Malaria in India - Number 2
Disease focus: Malaria
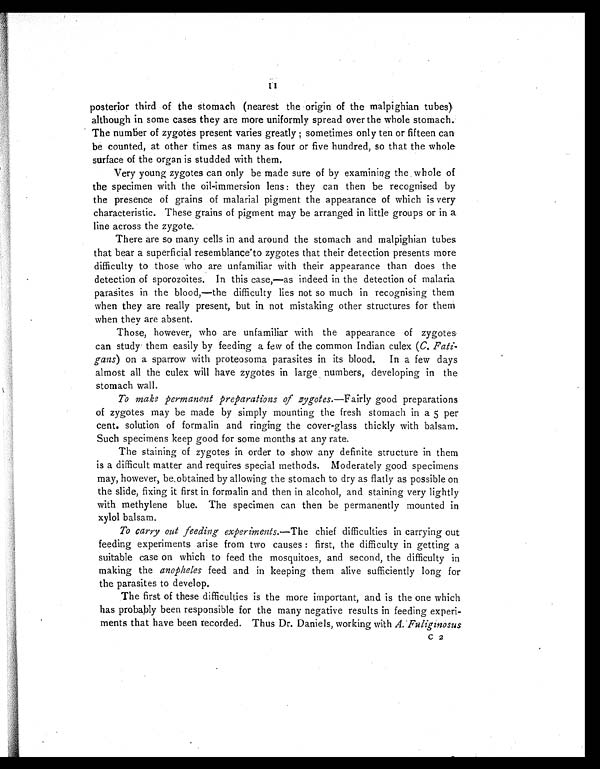
11
posterior third of the stomach (nearest the origin of the malpighian tubes)
although in some cases they are more uniformly spread over the whole stomach.
The number of zygotes present varies greatly ; sometimes only ten or fifteen can
be counted, at other times as many as four or five hundred, so that the whole
surface of the organ is studded with them.
Very young zygotes can only be made sure of by examining the whole of
the specimen with the oil-immersion lens : they can then be recognised by
the presence of grains of malarial pigment the appearance of which is very
characteristic. These grains of pigment may be arranged in little groups or in a
line across the zygote.
There are so many cells in and around the stomach and malpighian tubes
that bear a superficial resemblance to zygotes that their detection presents more
difficulty to those who are unfamiliar with their appearance than does the
detection of sporozoites. In this case,—as indeed in the detection of malaria
parasites in the blood,—the difficulty lies not so much in recognising them
when they are really present, but in not mistaking other structures for them
when they are absent.
Those, however, who are unfamiliar with the appearance of zygotes
can study them easily by feeding a few of the common Indian culex ( C. Fati-
gans) on a sparrow with proteosoma parasites in its blood. In a few days
almost all the culex will have zygotes in large numbers, developing in the
stomach wall.
To make permanent preparations of zygotes.—Fairly good preparations
of zygotes may be made by simply mounting the fresh stomach in a 5 per
cent. solution of formalin and ringing the cover-glass thickly with balsam.
Such specimens keep good for some months at any rate.
The staining of zygotes in order to show any definite structure in them
is a difficult matter and requires special methods. Moderately good specimens
may, however, be obtained by allowing the stomach to dry as flatly as possible on
the slide, fixing it first in formalin and then in alcohol, and staining very lightly
with methylene blue. The specimen can then be permanently mounted in
xylol balsam.
To carry out feeding experiments.—The chief difficulties in carrying out
feeding experiments arise from two causes : first, the difficulty in getting a
suitable case on which to feed the mosquitoes, and second, the difficulty in
making the anopheles feed and in keeping them alive sufficiently long for
the parasites to develop.
The first of these difficulties is the more important, and is the one which
has probably been responsible for the many negative results in feeding experi-
ments that have been recorded. Thus Dr. Daniels, working with A. Fuliginosus
C 2